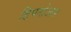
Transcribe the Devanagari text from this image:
डिपनोआन